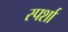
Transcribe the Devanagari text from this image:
स्पर्शा